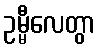
ဥမ္မီလေတွာ